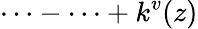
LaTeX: \cdots-\cdots+k^{v}(z)